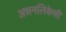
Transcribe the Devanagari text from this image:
अन्ननलिकेची